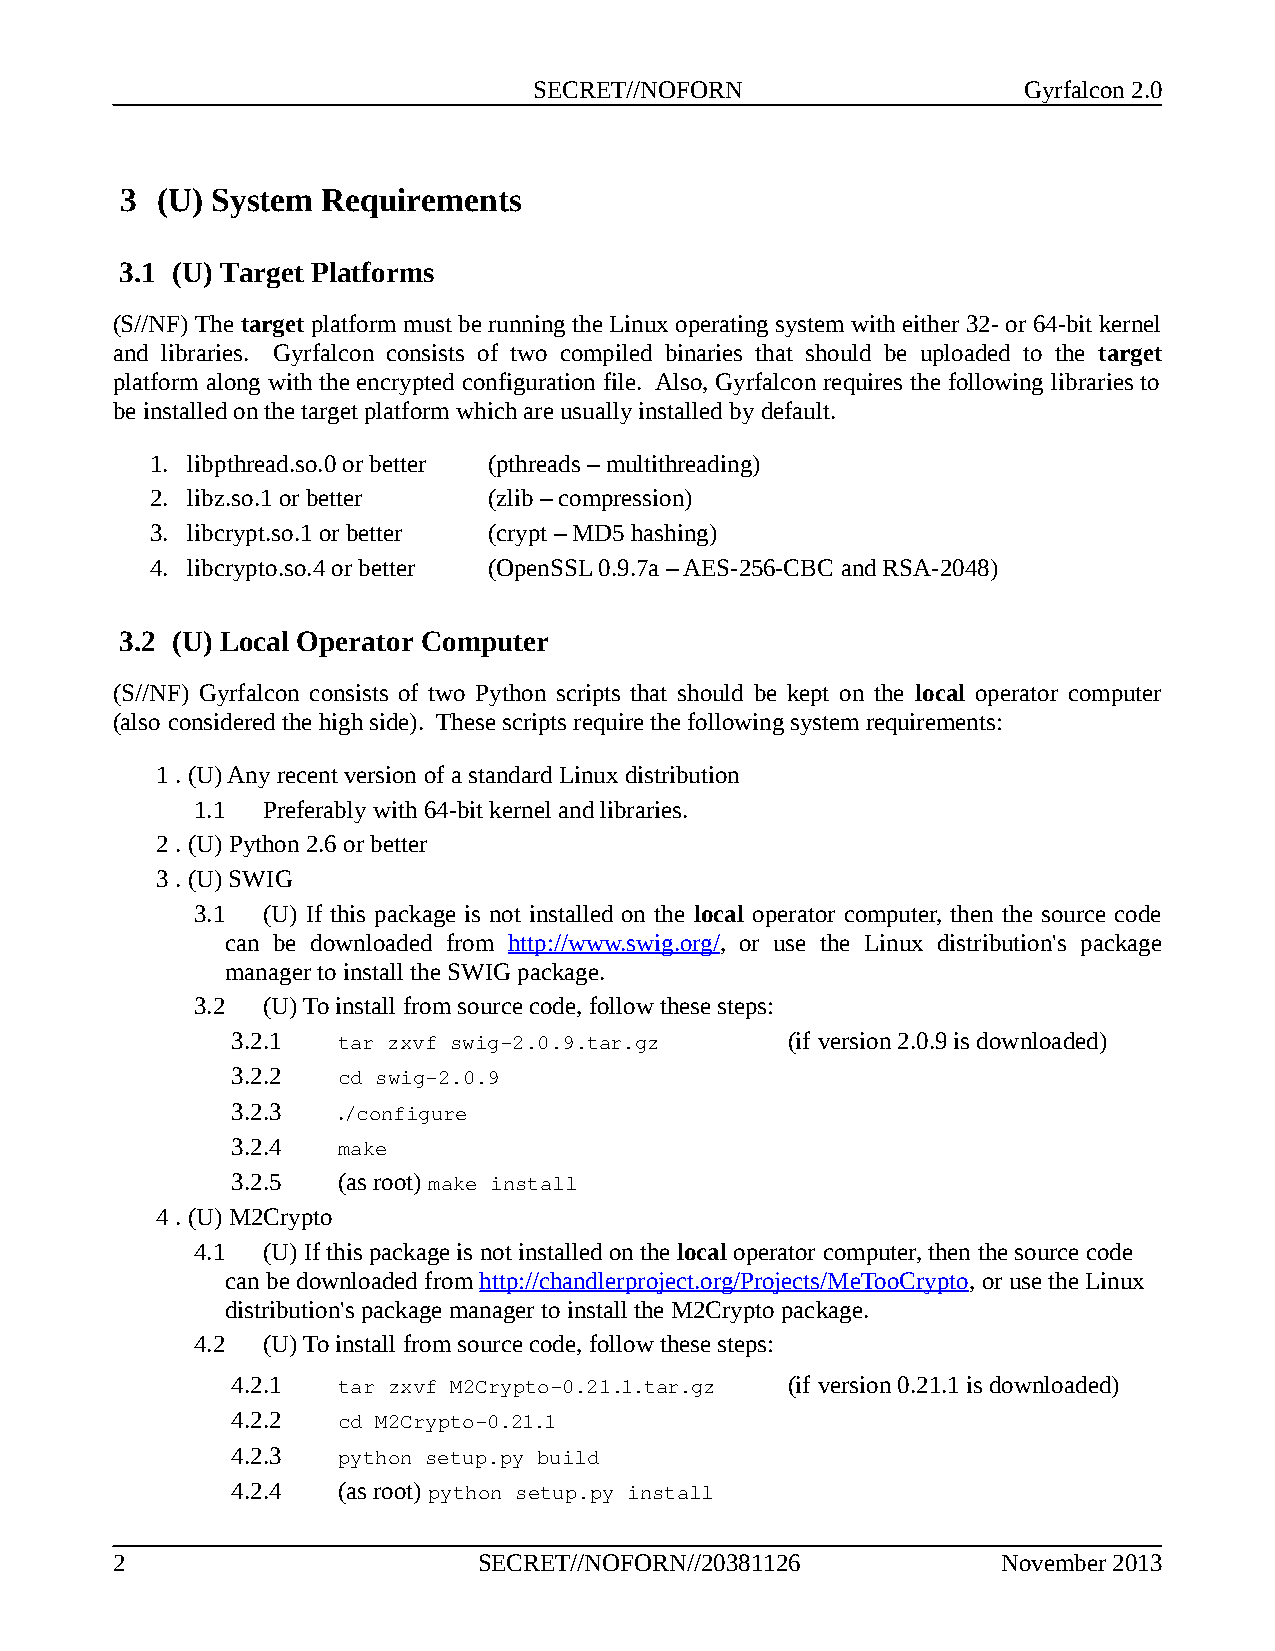
SECRET//NOFORN                   Gyrfalcon 2.0
 3 (U) System Requirements
 3.1 (U) Target Platforms
 (S//NF) The target platform must be running the Linux operating system with either 32- or 64-bit kernel
 and libraries. Gyrfalcon consists of two compiled binaries that should be uploaded to the target
 platform along with the encrypted configuration file. Also, Gyrfalcon requires the following libraries to
 be installed on the target platform which are usually installed by default.
 1. libpthread.so.0 or better (pthreads – multithreading)
 2. libz.so.1 or better (zlib – compression)
 3. libcrypt.so.1 or better (crypt – MD5 hashing)
 4. libcrypto.so.4 or better (OpenSSL 0.9.7a – AES-256-CBC and RSA-2048)
 3.2 (U) Local Operator Computer
 (S//NF) Gyrfalcon consists of two Python scripts that should be kept on the local operator computer
 (also considered the high side). These scripts require the following system requirements:
 1 .(U) Any recent version of a standard Linux distribution
 1.1 Preferably with 64-bit kernel and libraries.
 2 .(U) Python 2.6 or better
 3 .(U) SWIG
 3.1 (U) If this package is not installed on the local operator computer, then the source code
 can be downloaded from http://www.swig.org/, or use the Linux distribution's package
 manager to install the SWIG package.
 3.2 (U) To install from source code, follow these steps:
 3.2.1  tar zxvf swig-2.0.9.tar.gz    (if version 2.0.9 is downloaded)
 3.2.2  cd swig-2.0.9
 3.2.3  ./configure
 3.2.4  make
 3.2.5  (as root) make install
 4 .(U) M2Crypto
 4.1 (U) If this package is not installed on the local operator computer, then the source code
 can be downloaded from http://chandlerproject.org/Projects/MeTooCrypto, or use the Linux
 distribution's package manager to install the M2Crypto package.
 4.2 (U) To install from source code, follow these steps:
 4.2.1  tar zxvf M2Crypto-0.21.1.tar.gz (if version 0.21.1 is downloaded)
 4.2.2  cd M2Crypto-0.21.1
 4.2.3  python setup.py build
 4.2.4  (as root) python setup.py install
 2                        SECRET//NOFORN//20381126          November 2013